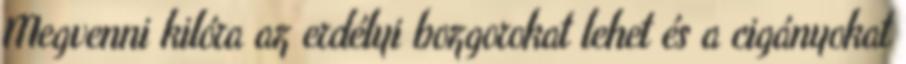
Megvenni kilóra az erdélyi bozgorokat lehet és a cigányokat